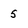
Character: 5